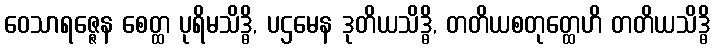
ဝေသာရဇ္ဇေန စေတ္ထ ပုရိမသိဒ္ဓိ, ပဌမေန ဒုတိယသိဒ္ဓိ, တတိယစတုတ္ထေဟိ တတိယသိဒ္ဓိ